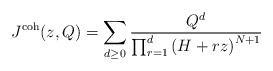
LaTeX: \begin{align*} J^\textnormal{coh}(z,Q) = \sum_{d \geq 0} \frac{Q^d}{\prod_{r=1}^d \left( H + rz\right)^{N+1}} \end{align*}